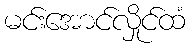
မင်းအောင်လှိုင်ထံ